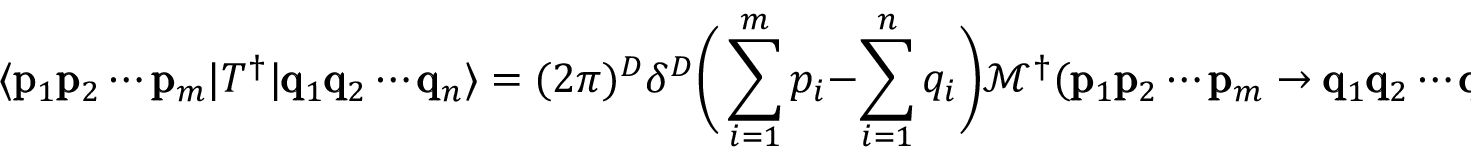
\langle \pmb { \mathrm { p } } _ { 1 } \pmb { \mathrm { p } } _ { 2 } \cdots \pmb { \mathrm { p } } _ { m } | T ^ { \dagger } | \pmb { \mathrm { q } } _ { 1 } \pmb { \mathrm { q } } _ { 2 } \cdots \pmb { \mathrm { q } } _ { n } \rangle = ( 2 \pi ) ^ { D } \delta ^ { D } \bigg ( \sum _ { i = 1 } ^ { m } p _ { i } - \sum _ { i = 1 } ^ { n } q _ { i } \bigg ) \mathcal { M } ^ { \dagger } ( \pmb { \mathrm { p } } _ { 1 } \pmb { \mathrm { p } } _ { 2 } \cdots \pmb { \mathrm { p } } _ { m } \rightarrow \pmb { \mathrm { q } } _ { 1 } \pmb { \mathrm { q } } _ { 2 } \cdots \pmb { \mathrm { q } } _ { n } ) \, .